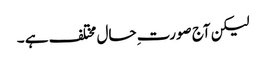
لیکن آج صورت ِحال مختلف ہے ۔